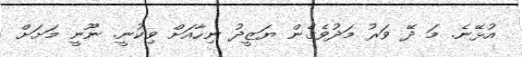
އުޅޭނެ. މަ ދޭ ވަރު މަދުވެގެން ޔަޒީދު ނިހާއަށް ވިކުނީ. ނޫނީ މަށަށް